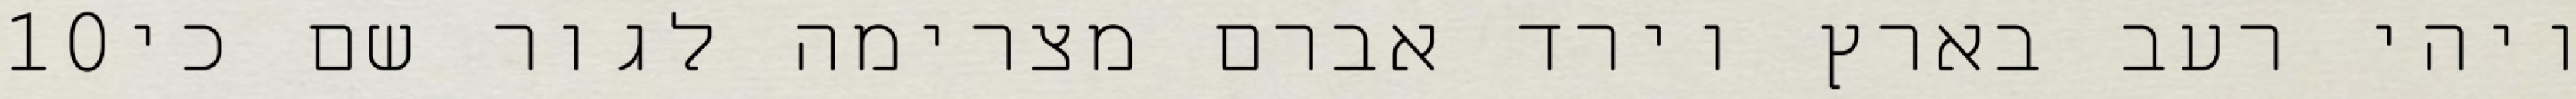
‎10‏ ויהי רעב בארץ וירד אברם מצרימה לגור שם כי